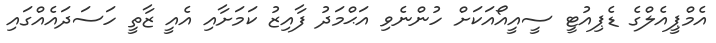
އެމްޕީއެލްގެ ޑެޕިއުޓީ ސީއީއޯއަކަށް ހުންނެވި އަޙްމަދު ފާއިޒު ކަމަށާއި އެއީ ޒާތީ ހަސަދައެއްގައި